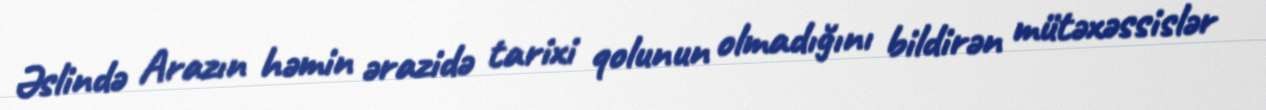
Əslində Arazın həmin ərazidə tarixi qolunun olmadığını bildirən mütəxəssislər